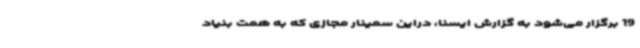
19 برگزار می‌شود به گزارش ایسنا، دراین سمینار مجازی که به همت بنیاد